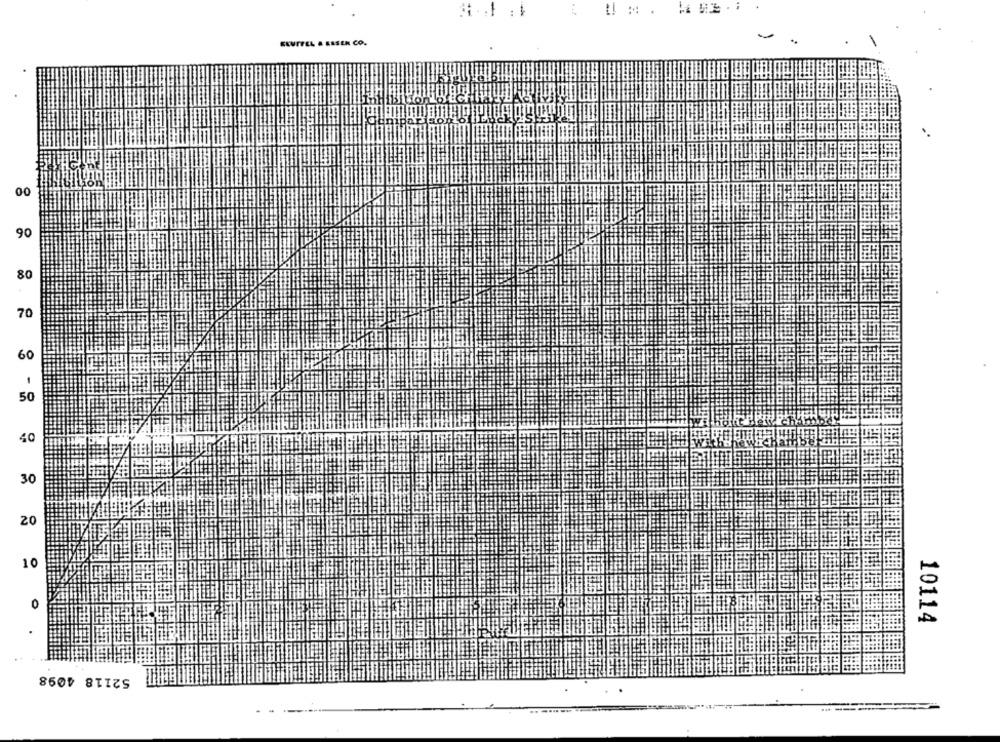
!!
ELUIFEL & ESSEN CO.
00
90
80
70
60
50
40
30
20
10
0
10114
52118 4098